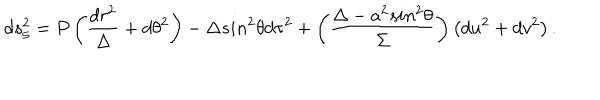
d s _ { 5 } ^ { 2 } = P \left( \frac { d r ^ { 2 } } { \Delta } + d \theta ^ { 2 } \right) - \Delta s i n ^ { 2 } \theta d \tau ^ { 2 } + \left( \frac { \Delta - a ^ { 2 } s i n ^ { 2 } \theta } { \Sigma } \right) \left( d u ^ { 2 } + d v ^ { 2 } \right) .